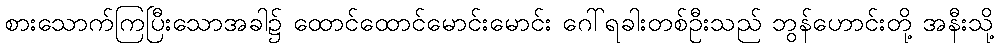
စားသောက်ကြပြီးသောအခါ၌ ထောင်ထောင်မောင်းမောင်း ဂေါ်ရခါးတစ်ဦးသည် ဘွန်ဟောင်းတို့ အနီးသို့